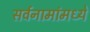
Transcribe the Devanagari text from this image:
सर्वनामांमध्ये